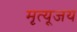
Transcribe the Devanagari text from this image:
मृत्यूजय